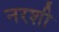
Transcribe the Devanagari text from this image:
नरशी